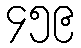
၄၅၉